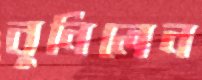
বুনিলেন